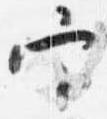
官